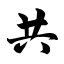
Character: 共